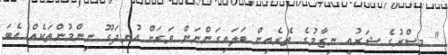
" މިސްރުގެ ޝަރުއީ ނިޒާމުގެ ތެރެއިން ބަލައިގަންނަން ވަރަށް އުނދަގޫ ނިންމުންތަކެއް އެބަ